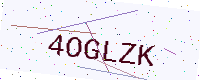
Text: 4OGLZK